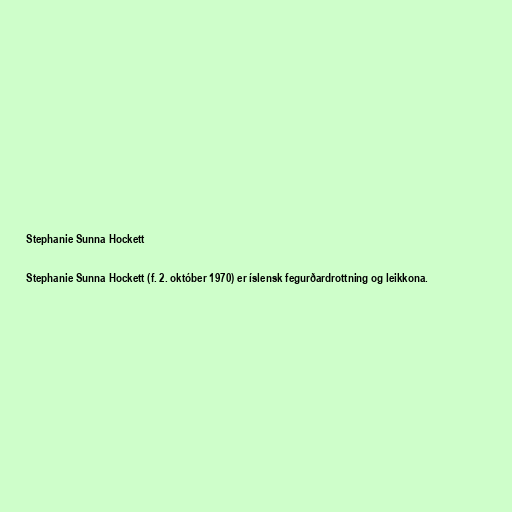
Stephanie Sunna Hockett

Stephanie Sunna Hockett (f. 2. október 1970) er íslensk fegurðardrottning og leikkona.